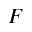
_ F